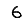
Digit: 6